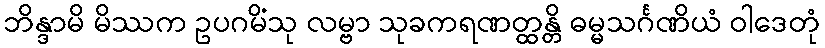
ဘိန္ဒာမိ မိဿက ဥပဂမိံသု လမ္ဗာ သုခကရဏတ္ထန္တိ ဓမ္မသင်္ဂဏိယံ ဝါဒေတုံ